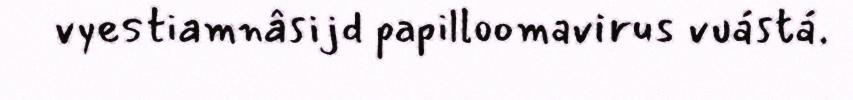
vyestiamnâsijd papilloomavirus vuástá.